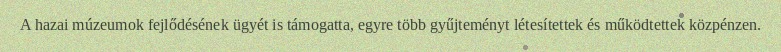
A hazai múzeumok fejlődésének ügyét is támogatta, egyre több gyűjteményt létesítettek és működtettek közpénzen.